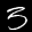
Label: 3